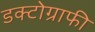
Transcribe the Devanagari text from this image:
डक्टोग्राफी